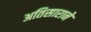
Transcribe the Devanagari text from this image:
अतिसाराने